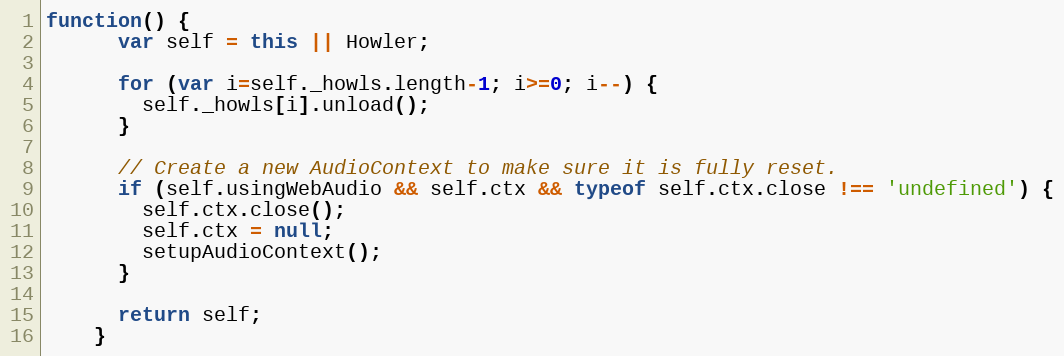
Language: JavaScript
function() {
      var self = this || Howler;

      for (var i=self._howls.length-1; i>=0; i--) {
        self._howls[i].unload();
      }

      // Create a new AudioContext to make sure it is fully reset.
      if (self.usingWebAudio && self.ctx && typeof self.ctx.close !== 'undefined') {
        self.ctx.close();
        self.ctx = null;
        setupAudioContext();
      }

      return self;
    }